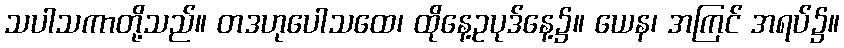
သပါသကာတို့သည်။ တဒဟုပေါသထေ၊ ထိုနေ့ဥပုဒ်နေ့၌။ ယေန၊ အကြင် အရပ်၌။